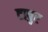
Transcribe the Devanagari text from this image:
टापुर